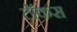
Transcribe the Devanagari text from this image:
टॉकस